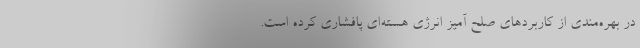
در بهره‌مندی از کاربردهای صلح آمیز انرژی هسته‌ای پافشاری کرده است.